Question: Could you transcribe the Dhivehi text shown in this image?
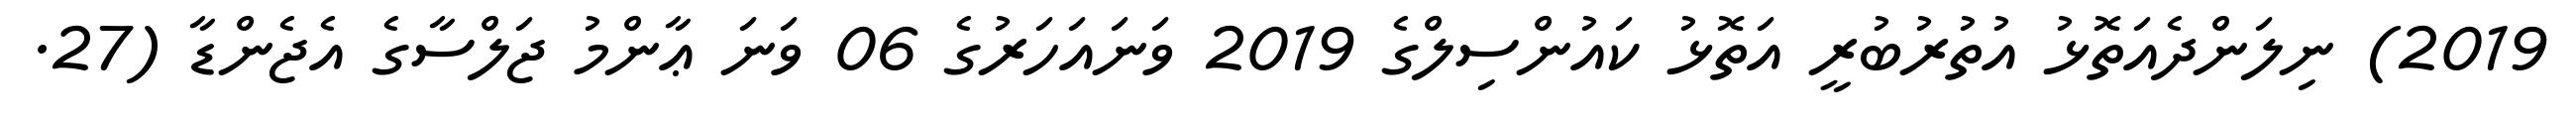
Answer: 2019) ނިލަންދެއަތޮޅު އުތުރުބުރީ އަތޮޅު ކައުންސިލްގެ 2019 ވަނައަހަރުގެ 06 ވަނަ ޢާންމު ޖަލްސާގެ އެޖެންޑާ (27.